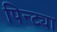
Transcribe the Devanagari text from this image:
पिन्ट्या